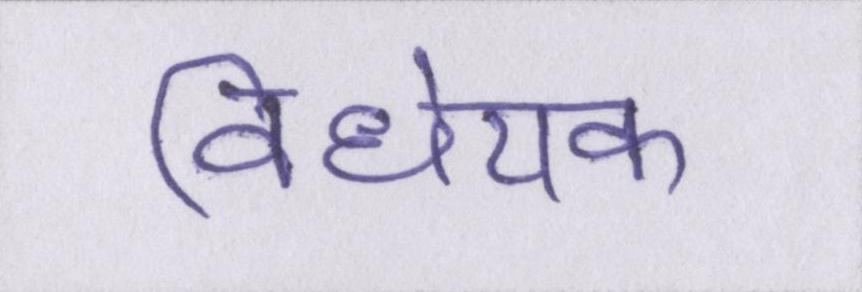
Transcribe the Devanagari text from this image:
विधेयक